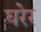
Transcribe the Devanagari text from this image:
घरेर